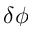
\delta \phi